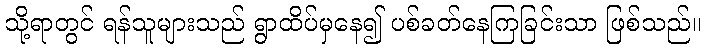
သို့ရာတွင် ရန်သူများသည် ရွာထိပ်မှနေ၍ ပစ်ခတ်နေကြခြင်းသာ ဖြစ်သည်။